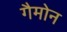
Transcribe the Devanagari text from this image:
गैमोन